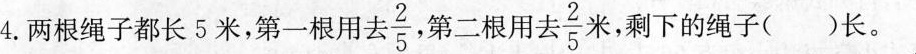
4.两根绳子都长5米，第一根用去 \frac{2}{5} ，第二根用去 \frac{2}{5}米，剩下的绳子( )长。